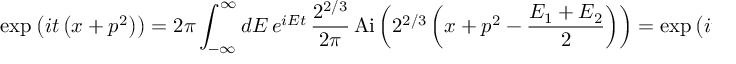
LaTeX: \exp _ { \* } \left( i t \left( x + p ^ { 2 } \right) \right) = 2 \pi \int _ { - \infty } ^ { \infty } d E \, e ^ { i E t } \, \frac { 2 ^ { 2 / 3 } } { 2 \pi } \, \mathrm { A i } \left( 2 ^ { 2 / 3 } \left( x + p ^ { 2 } - \frac { E _ { 1 } + E _ { 2 } } { 2 } \right) \right) = \exp \left( i t \left( x + p ^ { 2 } + t ^ { 2 } / 1 2 \right) \right) .